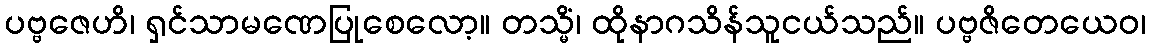
ပဗ္ဗဇေဟိ၊ ရှင်သာမဏေပြုစေလော့။ တသ္မိံ၊ ထိုနာဂသိန်သူငယ်သည်။ ပဗ္ဗဇိတေယေဝ၊